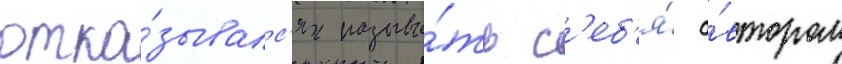
отка́зывалс'я называ́ть с'еб'я́ а́втором